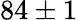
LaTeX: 84\pm 1